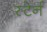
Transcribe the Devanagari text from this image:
स्टेर्न